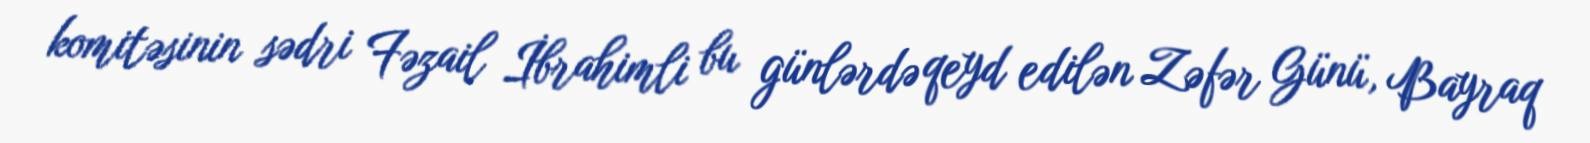
komitəsinin sədri Fəzail İbrahimli bu günlərdə qeyd edilən Zəfər Günü, Bayraq